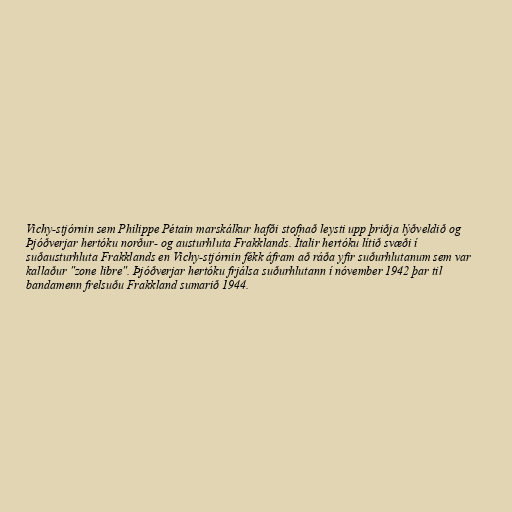
Vichy-stjórnin sem Philippe Pétain marskálkur hafði stofnað leysti upp þriðja lýðveldið og
Þjóðverjar hertóku norður- og austurhluta Frakklands. Ítalir hertóku lítið svæði í
suðausturhluta Frakklands en Vichy-stjórnin fékk áfram að ráða yfir suðurhlutanum sem var
kallaður "zone libre". Þjóðverjar hertóku frjálsa suðurhlutann í nóvember 1942 þar til
bandamenn frelsuðu Frakkland sumarið 1944.